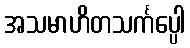
အသမာဟိတသင်္ကပ္ပေါ